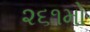
૨૬૧મો